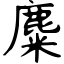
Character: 麋